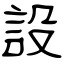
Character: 設